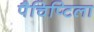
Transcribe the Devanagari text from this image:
पैचिप्टिला